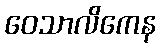
ဝေသာလိကေန